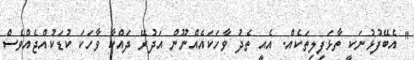
" އެބޭފުޅުނަކީ ތާޅަފިލިތަކެއް. އެއީ ތެދު ވާހަކައެއްނޫން އަދުރޭ ދައްކާ ވާހަކަ ކުޑަކުއްޖެއްވެސް